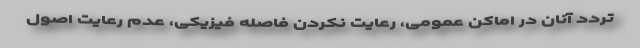
تردد آنان در اماکن عمومی، رعایت نکردن فاصله فیزیکی، عدم رعایت اصول